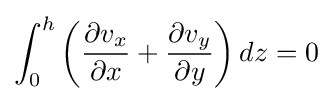
\int _{0}^{h}\left({\frac {\partial v_{x}}{\partial x}}+{\frac {\partial v_{y}}{\partial y}}\right)dz=0